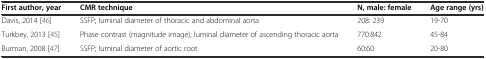
| First author, year | CMR technique | N, male: female | Age range (yrs) |
 | --- | --- | --- | --- |
 | Davis, 2014 [46] | SSFP; luminal diameter of thoracic and abdominal aorta | 208: 239 | 19-70 |
 | Turkbey, 2013 [45] | Phase contrast (magnitude image); luminal diameter of ascending thoracic aorta | 770:842 | 45-84 |
 | Burman, 2008 [47] | SSFP; luminal diameter of aortic root | 60:60 | 20-80 |